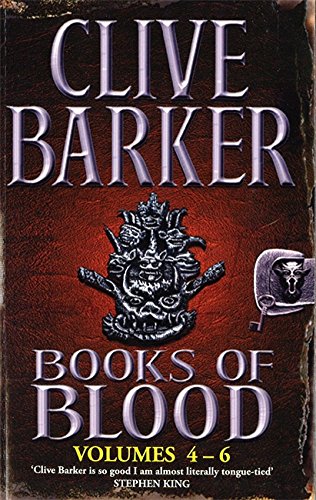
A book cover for Books of Blood, Vols. 4-6 (v. 2); Clive Barker; Literature & Fiction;